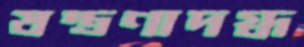
যন্ত্রণাদগ্ধ